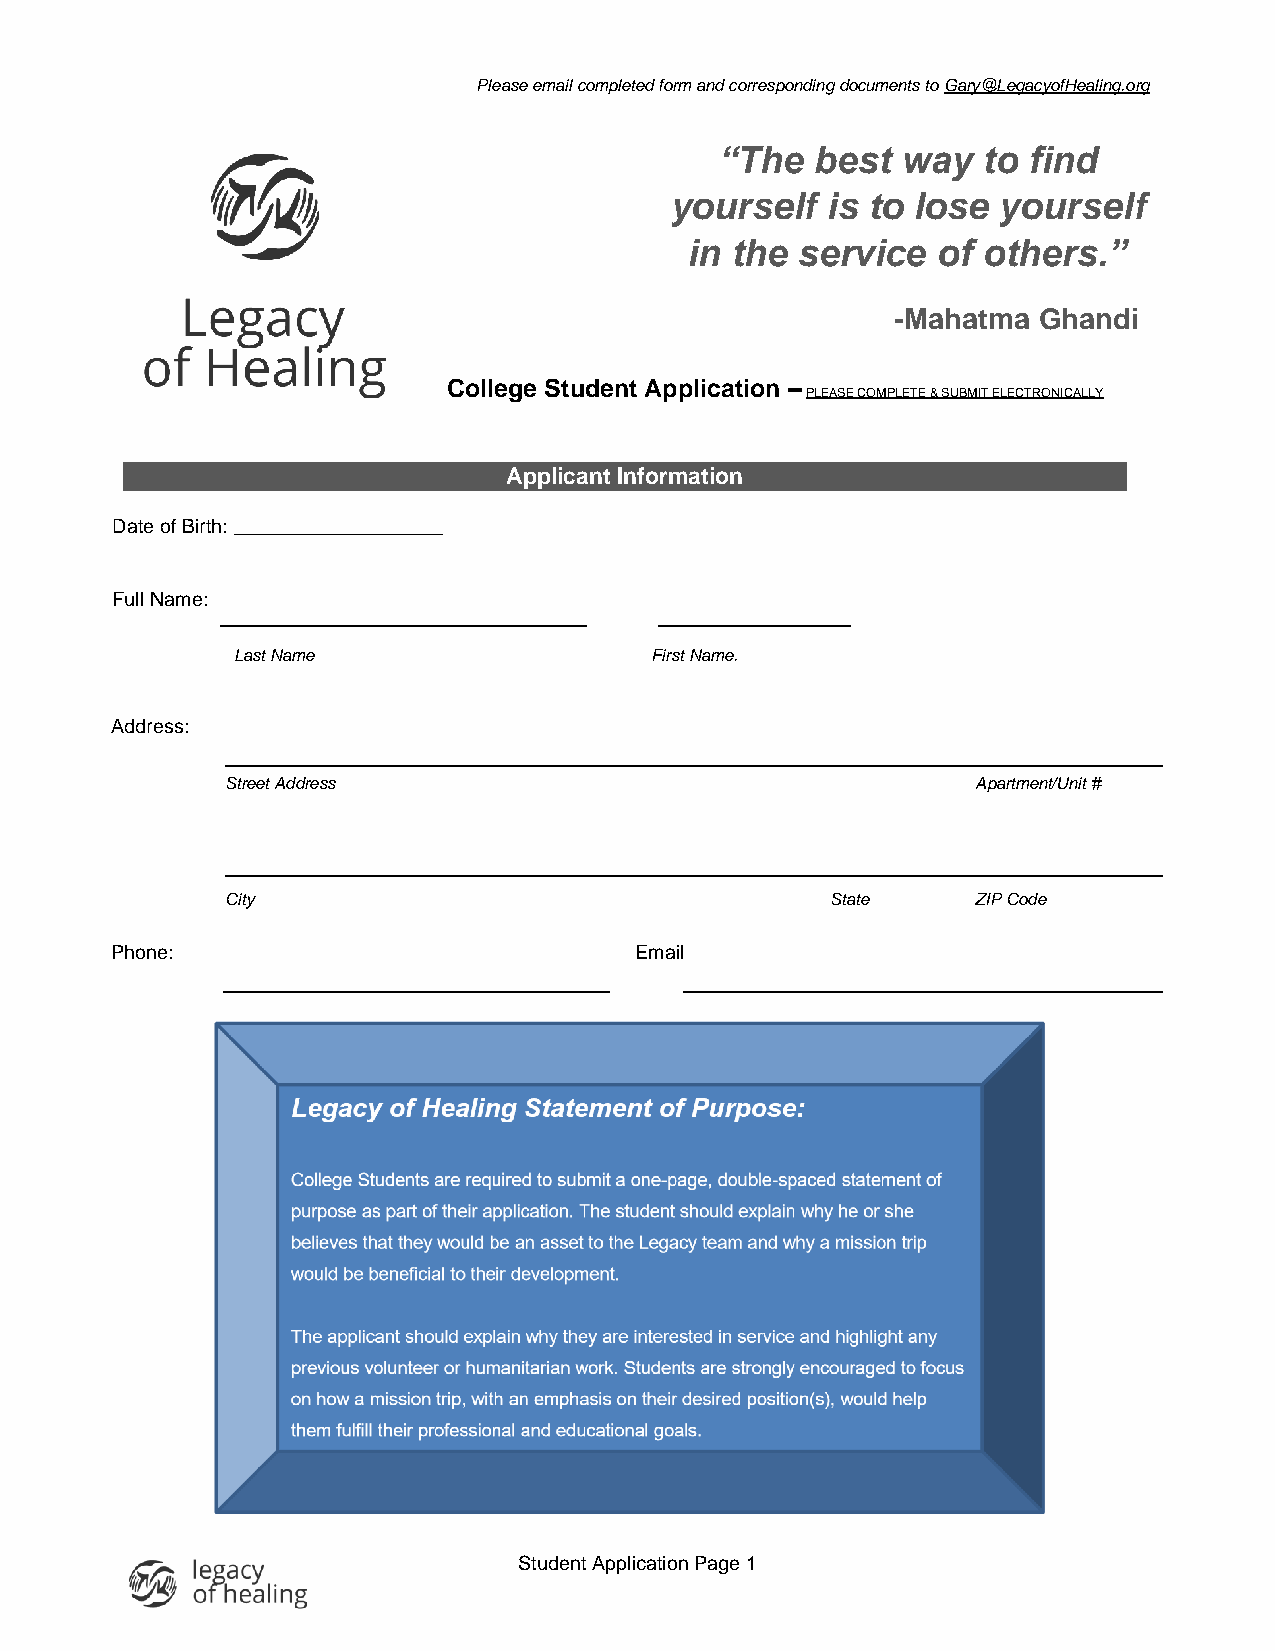
Please email completed form and corresponding documents to Gary@LegacyofHealing.org
 “The  best  way  to find
 yourself   is to lose yourself
 in the service  of others.”
 -Mahatma  Ghandi
 College Student Application –
 PLEASE COMPLETE & SUBMIT ELECTRONICALLY
 Applicant Information
 Date of Birth: ___________________
 Full Name:
 Last Name                   First Name.
 Address:
 Street Address                                    Apartment/Unit #
 City                                    State     ZIP Code
 Phone:                             Email
 Student Application Page 1